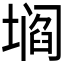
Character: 𰊡